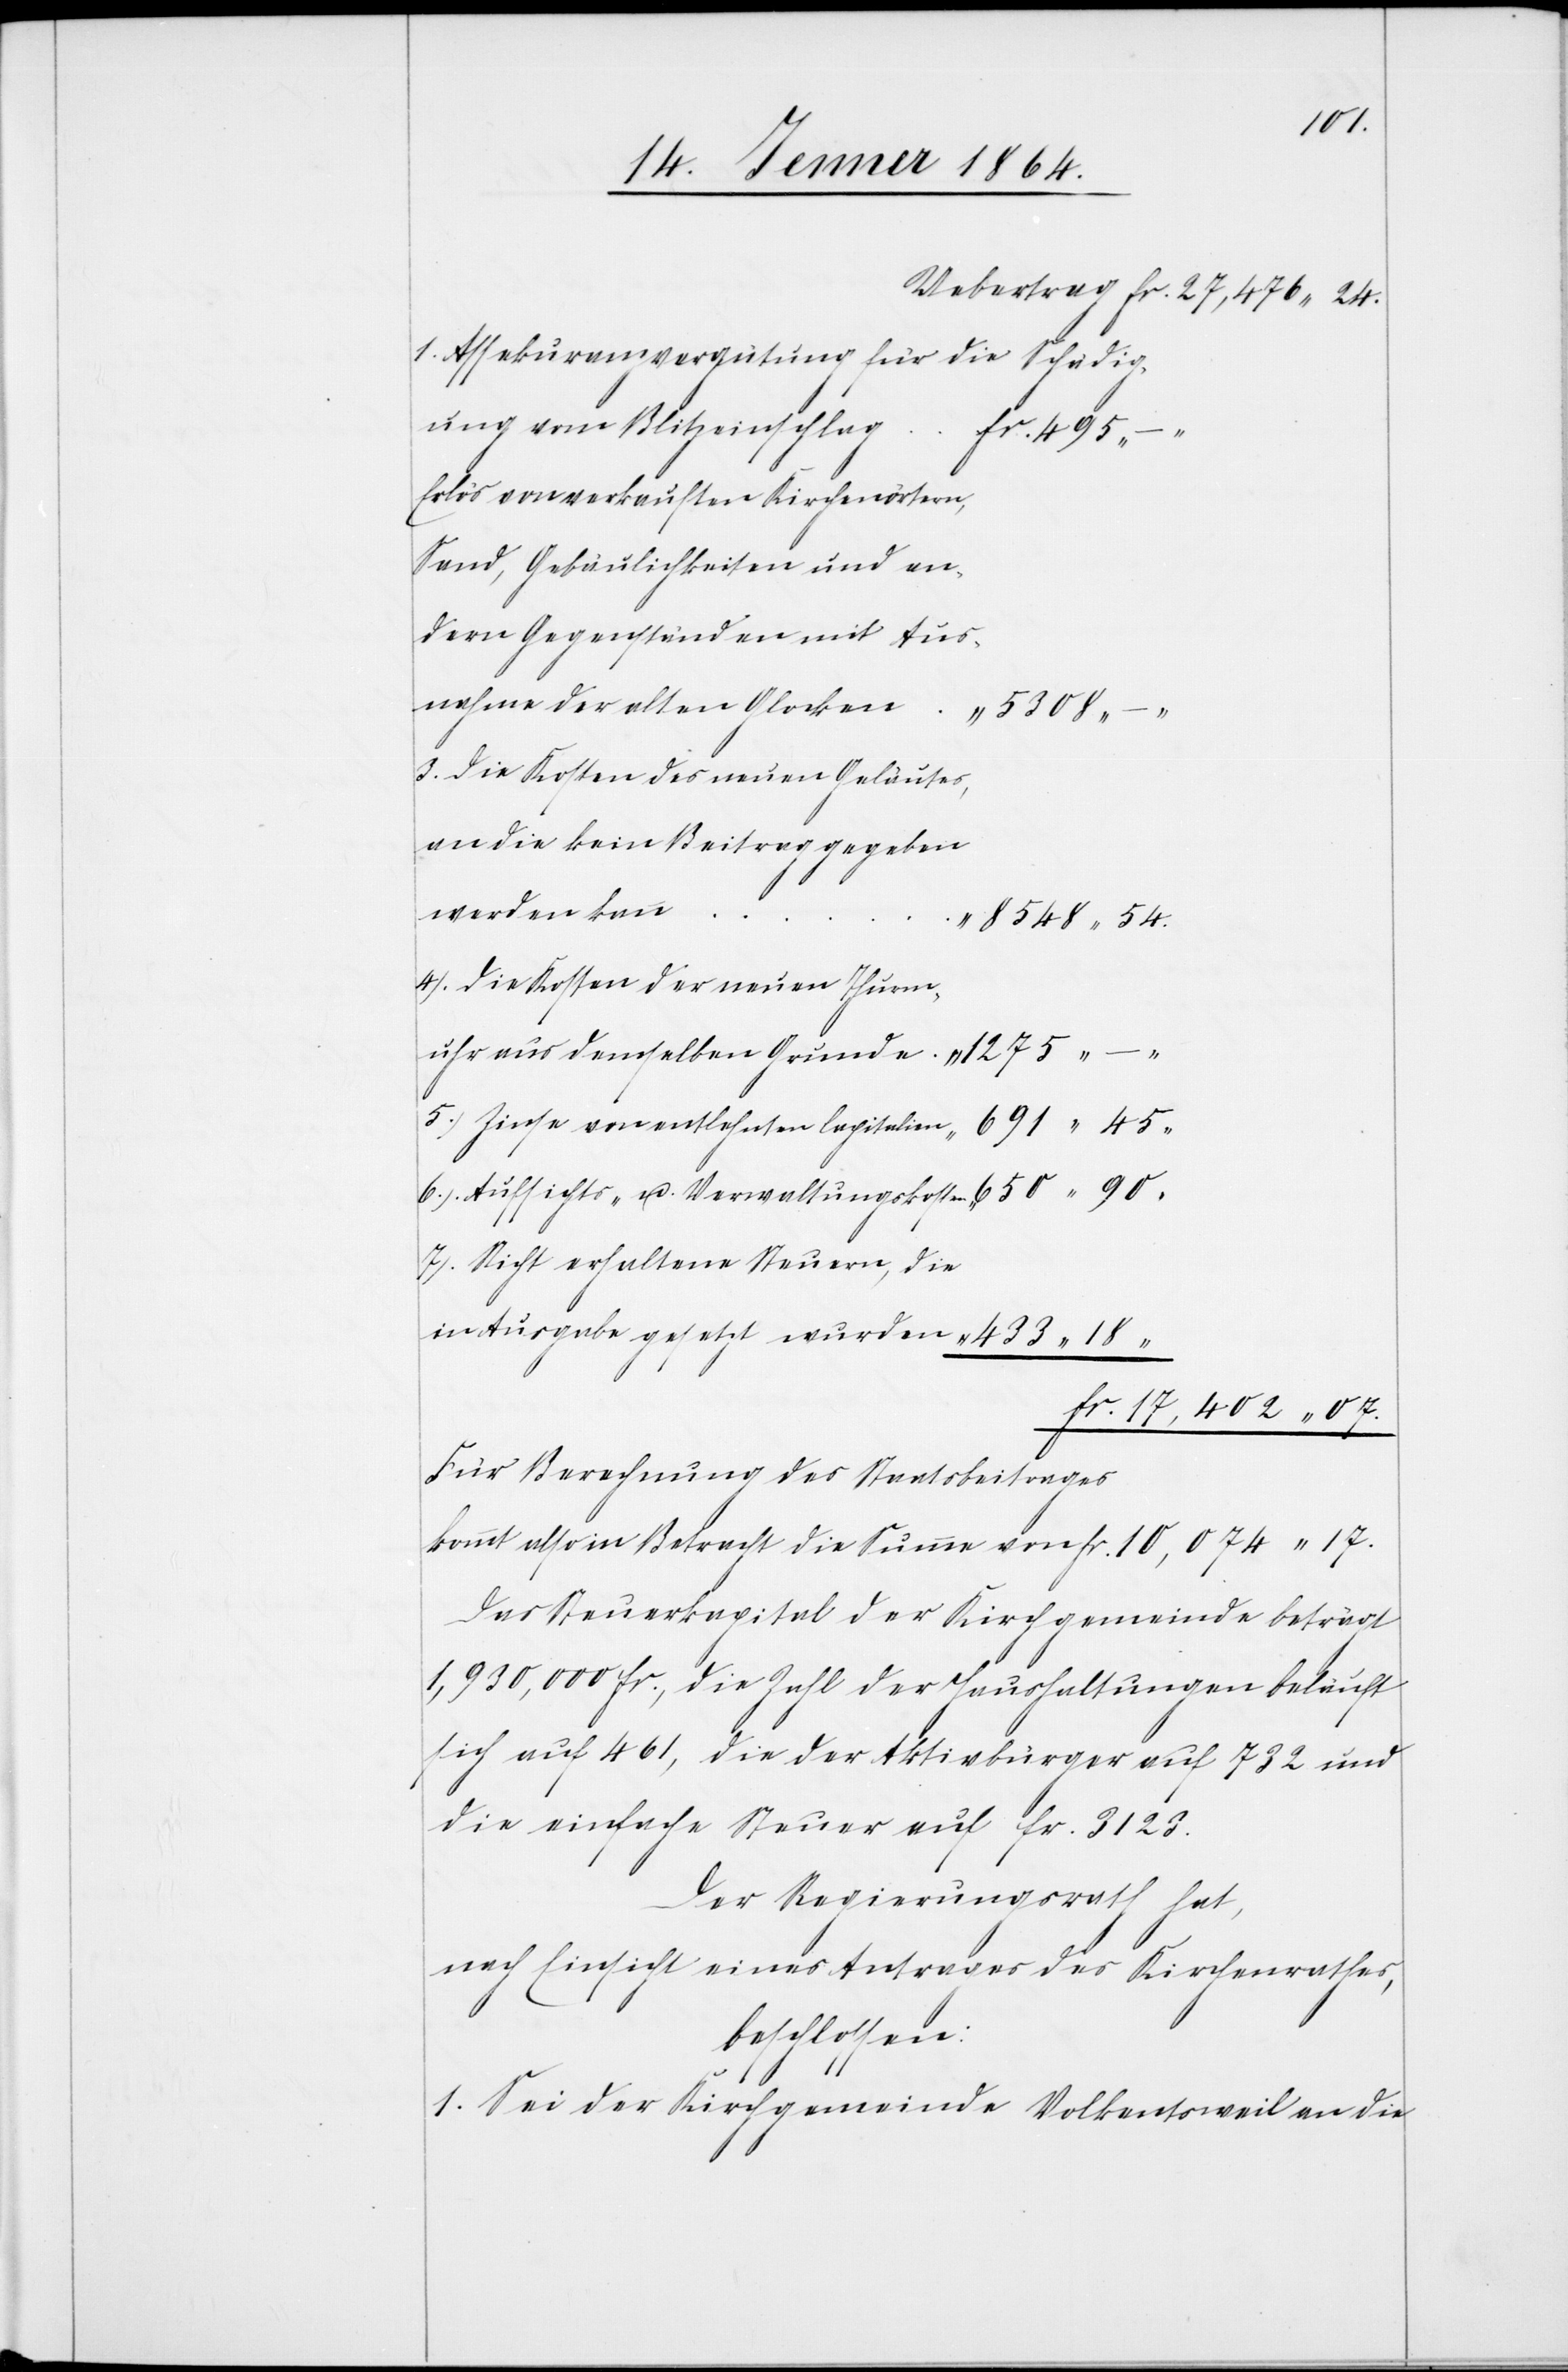
17.
1. 	Assekuranzvergütung für die Schädig¬
ung vom Blitzeinschlag	f¬
Erlös von verkauften Kirchenörtern,
dern Gegenständen mit Aus¬
nahme der alten Glocken		“
5308 –
3. 	Die Kosten des neuen Geläutes,
an die kein Beitrag gegeben
6.
8548 54.
4.	Die Kosten der neuen Thurm¬
uhr aus demselben Grunde			“ 1275 –
7. 	Nicht erhaltene Steuern, die
in Ausgabe gesetzt wurden			“
fr. 17,402 07.
u.
Für Berechnung des Staatsbeitrages
kommt also in Betracht die Summe von 								fr.
Das Steuerkapital der Kirchgemeinde beträgt
1,930,000 fr., die Zahl der Haushaltungen beläuft
sich auf 461, die der Aktivbürger auf 732 und
die einfache Steuer auf fr. 3123.
Der Regierungsrath hat,
nach Einsicht eines Antrages des Kirchenrathes,
beschlossen:
1. Sei der Kirchgemeinde Volkentsweil an die